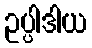
ဥပ္ပါဒါယ